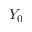
Y _ { 0 }